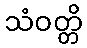
သံဝတ္တိ